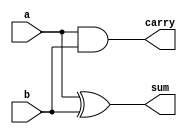
`timescale 1ns / 1ps
//////////////////////////////////////////////////////////////////////////////////
// Company: 
// Engineer: 
// 
// Design Name: 
// Module Name:    half_adder_st 
// Project Name: 
// Target Devices: 
// Tool versions: 
// Description: 
//
// Dependencies: 
//
// Revision: 
// Revision 0.01 - File Created
// Additional Comments: 
//
//////////////////////////////////////////////////////////////////////////////////
module half_adder_st(a,b,sum,carry);
input a,b;
output sum,carry;
xor x1(sum,a,b);
and a1(carry,a,b);


endmodule